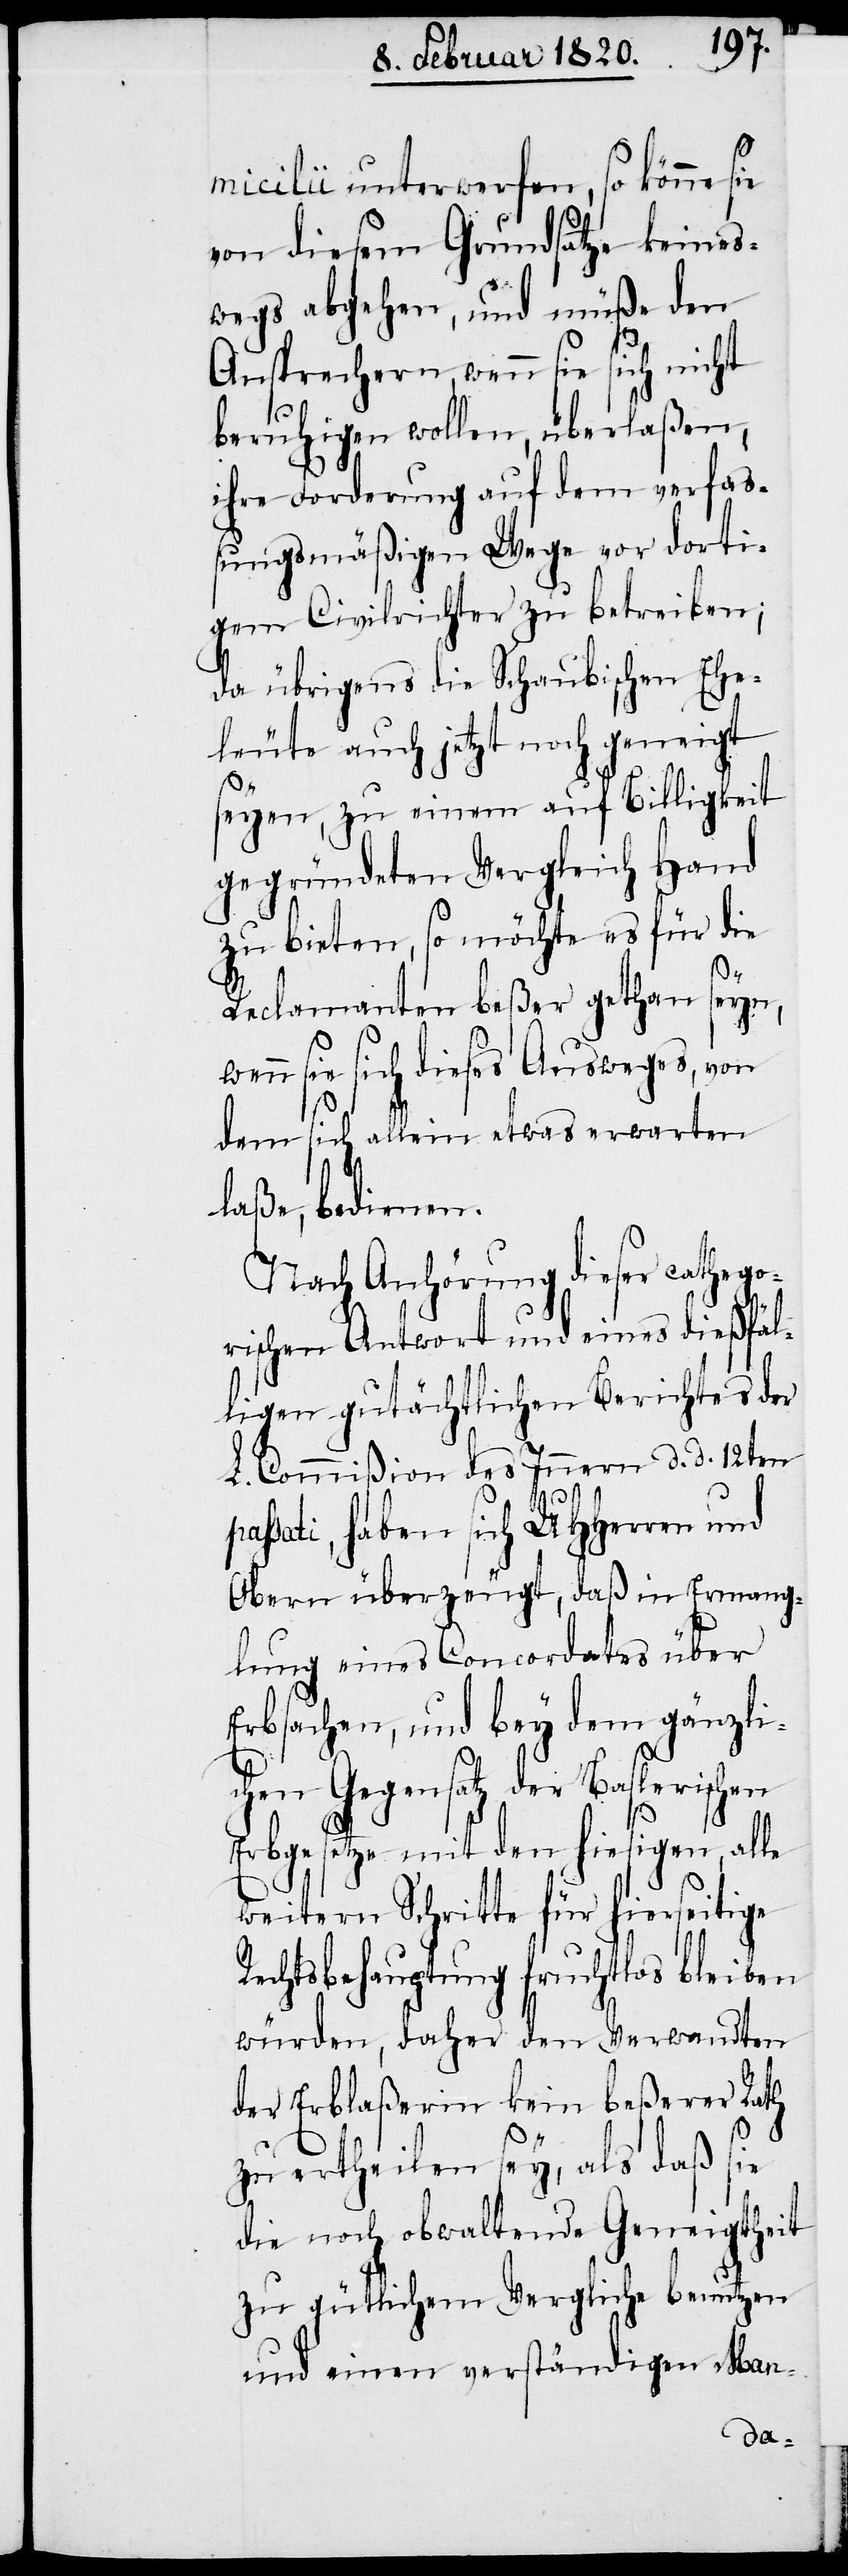
le
micilii unterwerfen, so könne sie
von diesem Grundsatze keines¬
wegs abgehen, und müße den
Ansprechern, wenn sie sich nicht
beruhigen wollen, überlaßen,
ihre Forderung auf dem verfaß¬
ungsmäßigen Wege vor dorti¬
gem Civilrichter zu betreiben;
da übrigens die Schaubischen Ehe¬
leute auch jetzt noch geneigt
seyen, zu einem auf Billigkeit
gegründeten Vergleich Hand
zu bieten, so möchte es für die
Reclamanten beßer gethan seyn,
n sie sich dieses Ausweges, von
dem sich allein etwas erwarten
laße, bedienen.
Nach Anhörung dieser cathego¬
rischen Antwort und eines dießfäl¬
ligen gutächtlichen Berichtes der
L. Commißion des Innern d. d. 12ten
passati, haben sich UHHerren und
Obern überzeugt, daß in Ermang¬
lung eines Concordates über
Erbsachen, und bey dem gänzli¬
chen Gegensatz der Baslerischen
Erbgesetze mit den hiesigen, al¬
weitern Schritte für hierseitige
Rechtsbehauptung fruchtlos bleiben
würden, daher den Verwandten
der Erblaßerin kein beßerer Rath
zu ertheilen sey, als daß sie
die noch obwaltende Geneigtheit
zu gütlichem Vergliche benutzen
und einen verständigen Man-